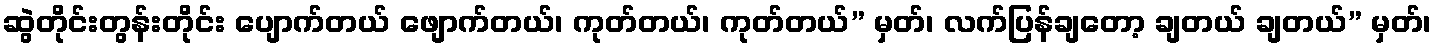
ဆွဲတိုင်းတွန်းတိုင်း ပျောက်တယ် ဖျောက်တယ်၊ ကုတ်တယ်၊ ကုတ်တယ်” မှတ်၊ လက်ပြန်ချတော့ ချတယ် ချတယ်” မှတ်၊